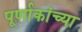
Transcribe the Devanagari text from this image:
पूर्णाकांच्या